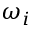
\omega _ { i }